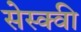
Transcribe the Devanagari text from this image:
सेस्क्वी